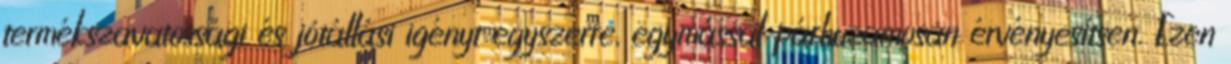
termékszavatossági és jótállási igényt egyszerre, egymással párhuzamosan érvényesítsen. Ezen